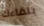
بلقاءك